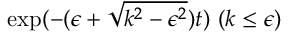
\mathrm { e x p } ( - ( \epsilon + \sqrt { k ^ { 2 } - \epsilon ^ { 2 } } ) t ) \ ( k \leq \epsilon )